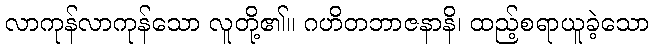
လာကုန်လာကုန်သော လူတို့၏။ ဂဟိတဘာဇနာနိ၊ ထည့်စရာယူခဲ့သော